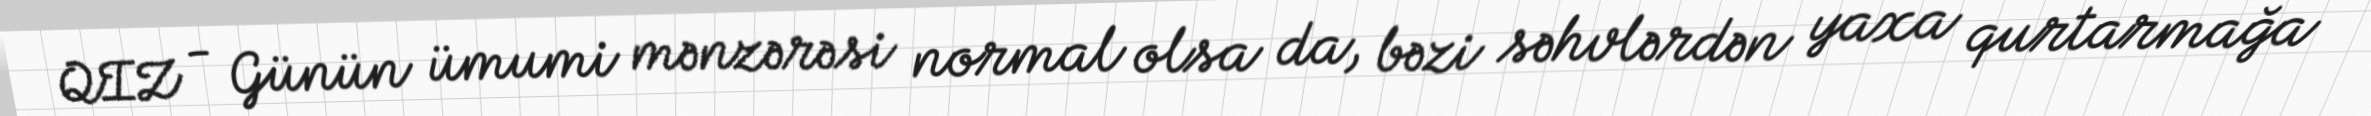
QIZ - Günün ümumi mənzərəsi normal olsa da, bəzi səhvlərdən yaxa qurtarmağa